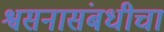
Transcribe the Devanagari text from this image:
श्वसनासंबधीचा